Scottish Leaving Certificate Examination, 1960
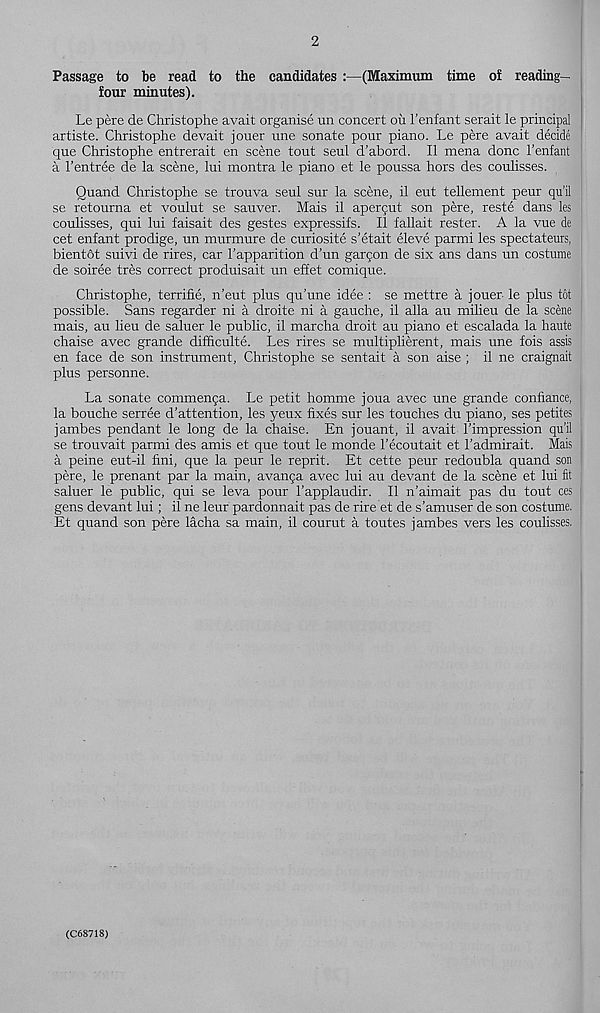
2
Passage to be read to the candidates :—(Maximum time of reading-
four minutes).
Le pere de Christophe avait organise un concert oil 1’enfant serait le principal
artiste. Christophe devait jouer une senate pour piano. Le pere avait decide
que Christophe entrerait en scene tout seul d’abord. II mena done 1’enfant
a 1’entree de la scene, lui montra le piano et le poussa hors des coulisses.
Quand Christophe se trouva seul sur la scene, il eut tellement peur qu’il
se retourna et voulut se sauver. Mais il apergut son pere, reste dans les
coulisses, qui lui faisait des gestes expressifs. Il fallait rester. A la vue de
cet enfant prodige, un murmure de curiosite s’etait eleve parmi les spectateurs,
bientot suivi de rires, car 1’apparition d’un gargon de six ans dans un costume
de soiree tres correct produisait un effet comique.
Christophe, terrific, n’eut plus qu’une idee : se mettre a jouer le plus tot
possible. Sans regarder ni a droite ni a gauche, il alia au milieu de la scene
mais, au lieu de saluer le public, il marcha droit au piano et escalada la haute
chaise avec grande difficulte. Les rires se multiplierent, mais une fois assis
en face de son instrument, Christophe se sentait a son aise ; il ne craignait
plus personne.
La senate commenga. Le petit homme joua avec une grande confiance,
la bouche serree d’attention, les yeux fixes sur les touches du piano, ses petites
jambes pendant le long de la chaise. En jouant, il avait I’impression qu’il
se trouvait parmi des amis et que tout le monde Fecoutait et I’admirait. Mais
a peine eut-il fini, que la peur le reprit. Et cette peur redoubla quand son
pere, le prenant par la main, avanga avec lui au devant de la scene et lui fit
saluer le public, qui se leva pour 1’applaudir. Il n’aimait pas du tout ces
gens devant lui; il ne leur pardonnait pas de rire et de s’amuser de son costume.
Et quand son pere lacha sa main, il courut a toutes jambes vers les coulisses.
(C68718)